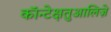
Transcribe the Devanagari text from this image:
कॉन्टेक्षतुआलिज़े